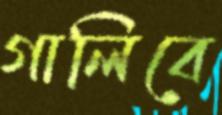
গালিবে